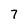
Character: 7